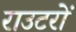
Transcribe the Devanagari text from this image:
राउटरों